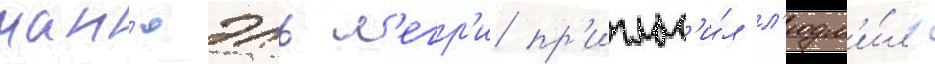
ман'юэль л'егр'и пр'иглас'и́л л'юдм'и́лу